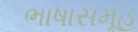
ભાષાસમૂહ